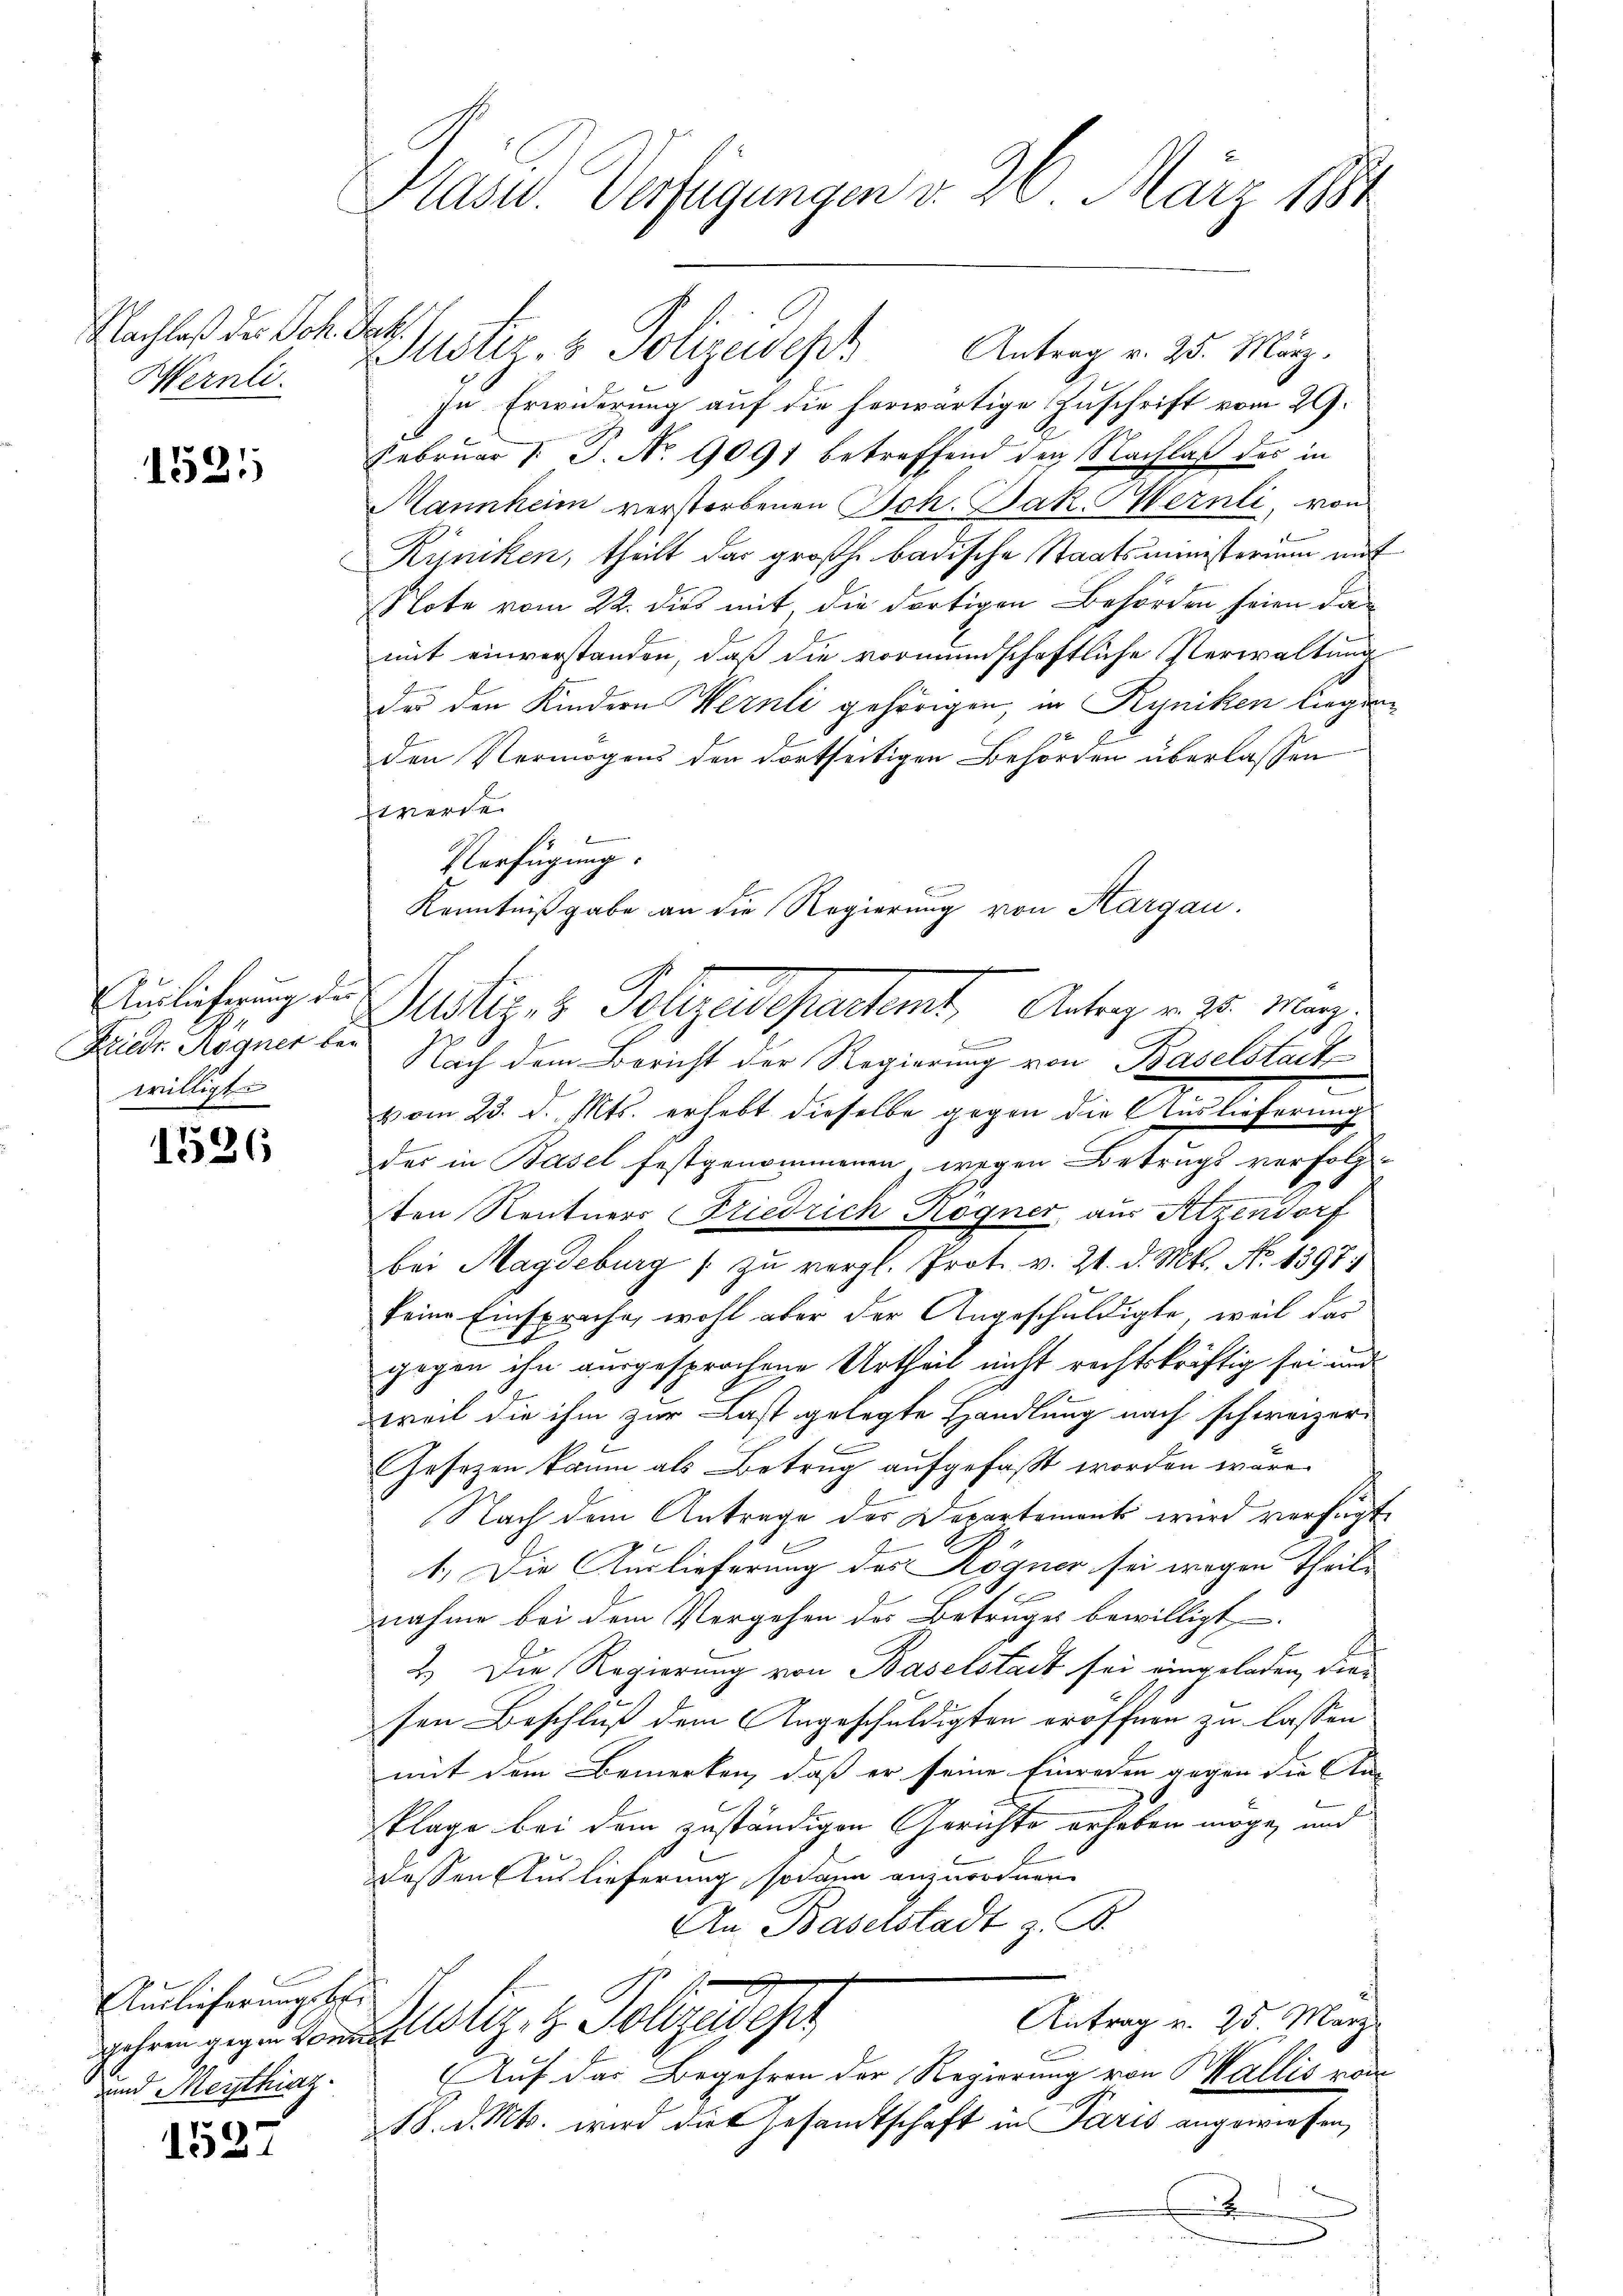
Nachlaß des Sche
1
Wernli.

1531

Auslieferung der
Frieder Regner bei
willigt.

1526

Auslieferungsber
dgehren gegen Lond
und Meythinz

1527

Präsid. Verfügungen v. 26. März 1884

s
t

.

Mstiz- & Polizeidep
Antrag v. 25. März.
zu Erwiderung auf die herwärtige Zuschrift vom 29.
Februar d. P. No 9091 betreffend den Nachlaß des in
Mannheim verstorbenen Joh. Jak. Mernli, von
f
Rüncken, theilt das großh. badische Staatsministerium auf
Note vom 22. dies mit die dortigen Behörden seien damit einverstanden, daß die vormundschaftliche Verwaltung
der den Kindern Wernli gehörigen in Kyniken liegenden Vermögens den dortseitigen Behörden überlassen
werde.
Fr
Nach dem Bericht der Regierung von Baselstach
e
vom 23. d. Mts. erhebt dieselbe gegen die Auslieferung
des in Basel festgenommenen wegen Betrugs verfolgten Rentners Friedrich Kogner, aus Atzendorf
bei Magdeburg zu vergl. Prot. v. 21. d. Mts. No 1397:
seine Einsprache, wohl aber der Angeschuldigte, weil das
gegen ihn ausgesprochene Urtheil nicht rechtskräftig sei und
weil die ihm zur Last gelegte Handlung nach schweizer-
Gesetzen kaum als Betrug aufgefaßt worden wäre.
Nach dem Antrage der Departements wird verfügt,
1.) Die Auslieferung des Rögner sei wegen Theil-
nahme bei dem Vergehen des Betruges bewilligt
2.) Die Regierung von Baselstadt sei eingeladen, dies
sen Beschluß dem Angeschuldigten eröffnen zu lassen
mit dem Bemerken, daß er seine Einreden gegen die An-
klage bei dem zuständigen Gerichte erhaben möge, und
dessen Auslieferung sodann anzuordnen.
An Baselstadt z. B.
Antrag v. 25 März
Justiz & Polizeidige
Auf das Begehren der Regierung von Wallis vom
18. d. Mts. wird die Gesandtschaft in Paris angewiesen,
.

Verfügung.

Kenntnißgabe an die Regierung von Aargau.
Padlin, z. Pelzedepartamt, Antrag v. 5. Mag.